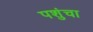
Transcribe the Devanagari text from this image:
पशुंचा